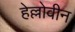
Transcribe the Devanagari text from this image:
हेल्लोवीन